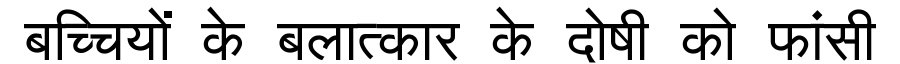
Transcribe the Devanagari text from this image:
बच्चियों के बलात्कार के दोषी को फांसी